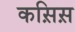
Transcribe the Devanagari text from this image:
कस़िस़